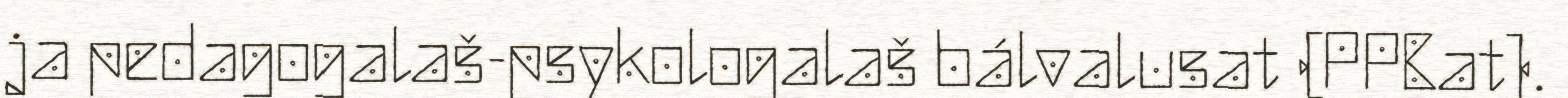
ja pedagogalaš-psykologalaš bálvalusat (PPBat).